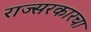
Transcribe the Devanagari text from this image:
राज्सरकारचा